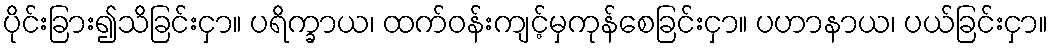
ပိုင်းခြား၍သိခြင်းငှာ။ ပရိက္ခာယ၊ ထက်ဝန်းကျင့်မှကုန်စေခြင်းငှာ။ ပဟာနာယ၊ ပယ်ခြင်းငှာ။